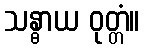
သန္ဓာယ ဝုတ္တံ။